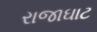
રાજાઘાટ